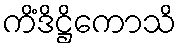
ကိံဒိဋ္ဌိကောသိ